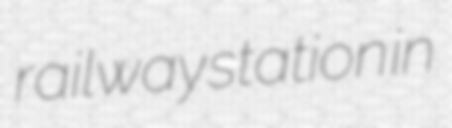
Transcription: railway station in